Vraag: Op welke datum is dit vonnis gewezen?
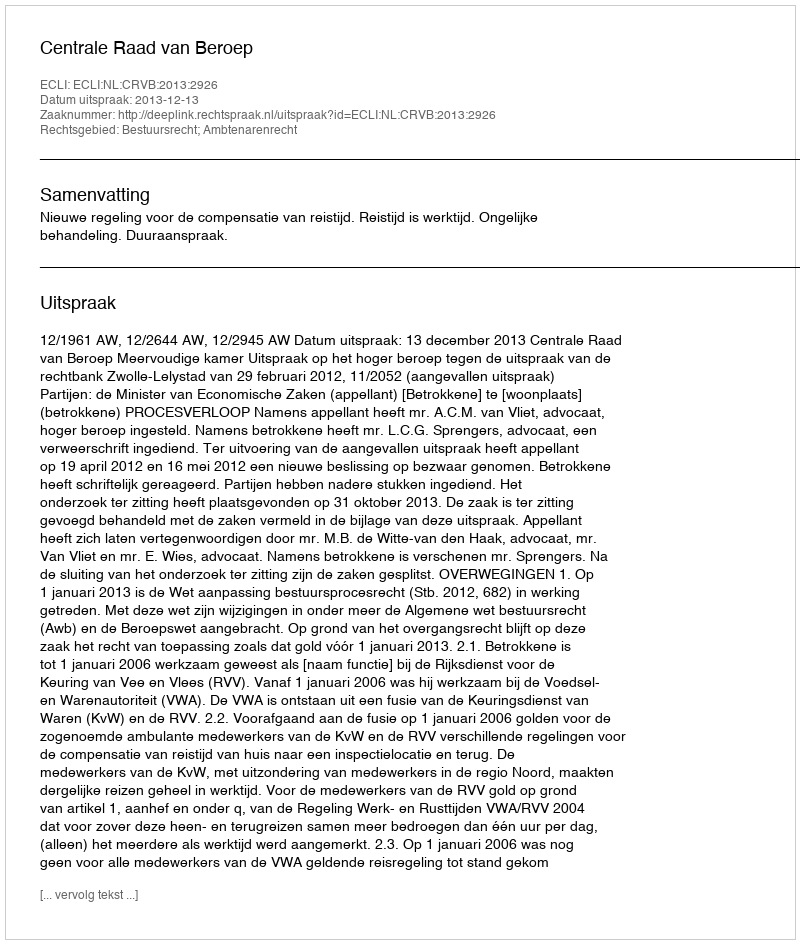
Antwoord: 2013-12-13